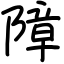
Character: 障